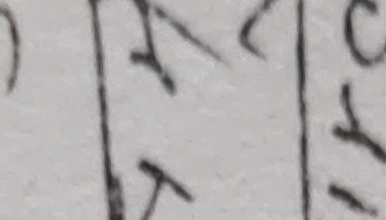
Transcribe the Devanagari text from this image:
२त्४